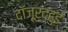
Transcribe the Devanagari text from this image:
दॉजूर्द्हुई